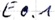
Text: E0.1